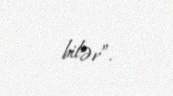
bilər”.